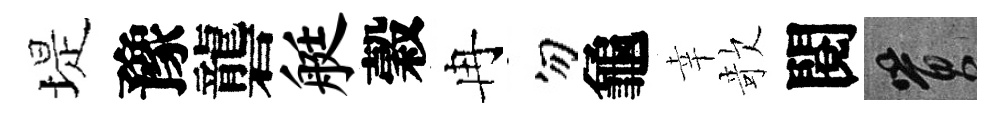
堤豫礱艇穀冉勿龜幸欹閱篔